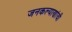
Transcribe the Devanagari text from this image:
जनकल्याणांची